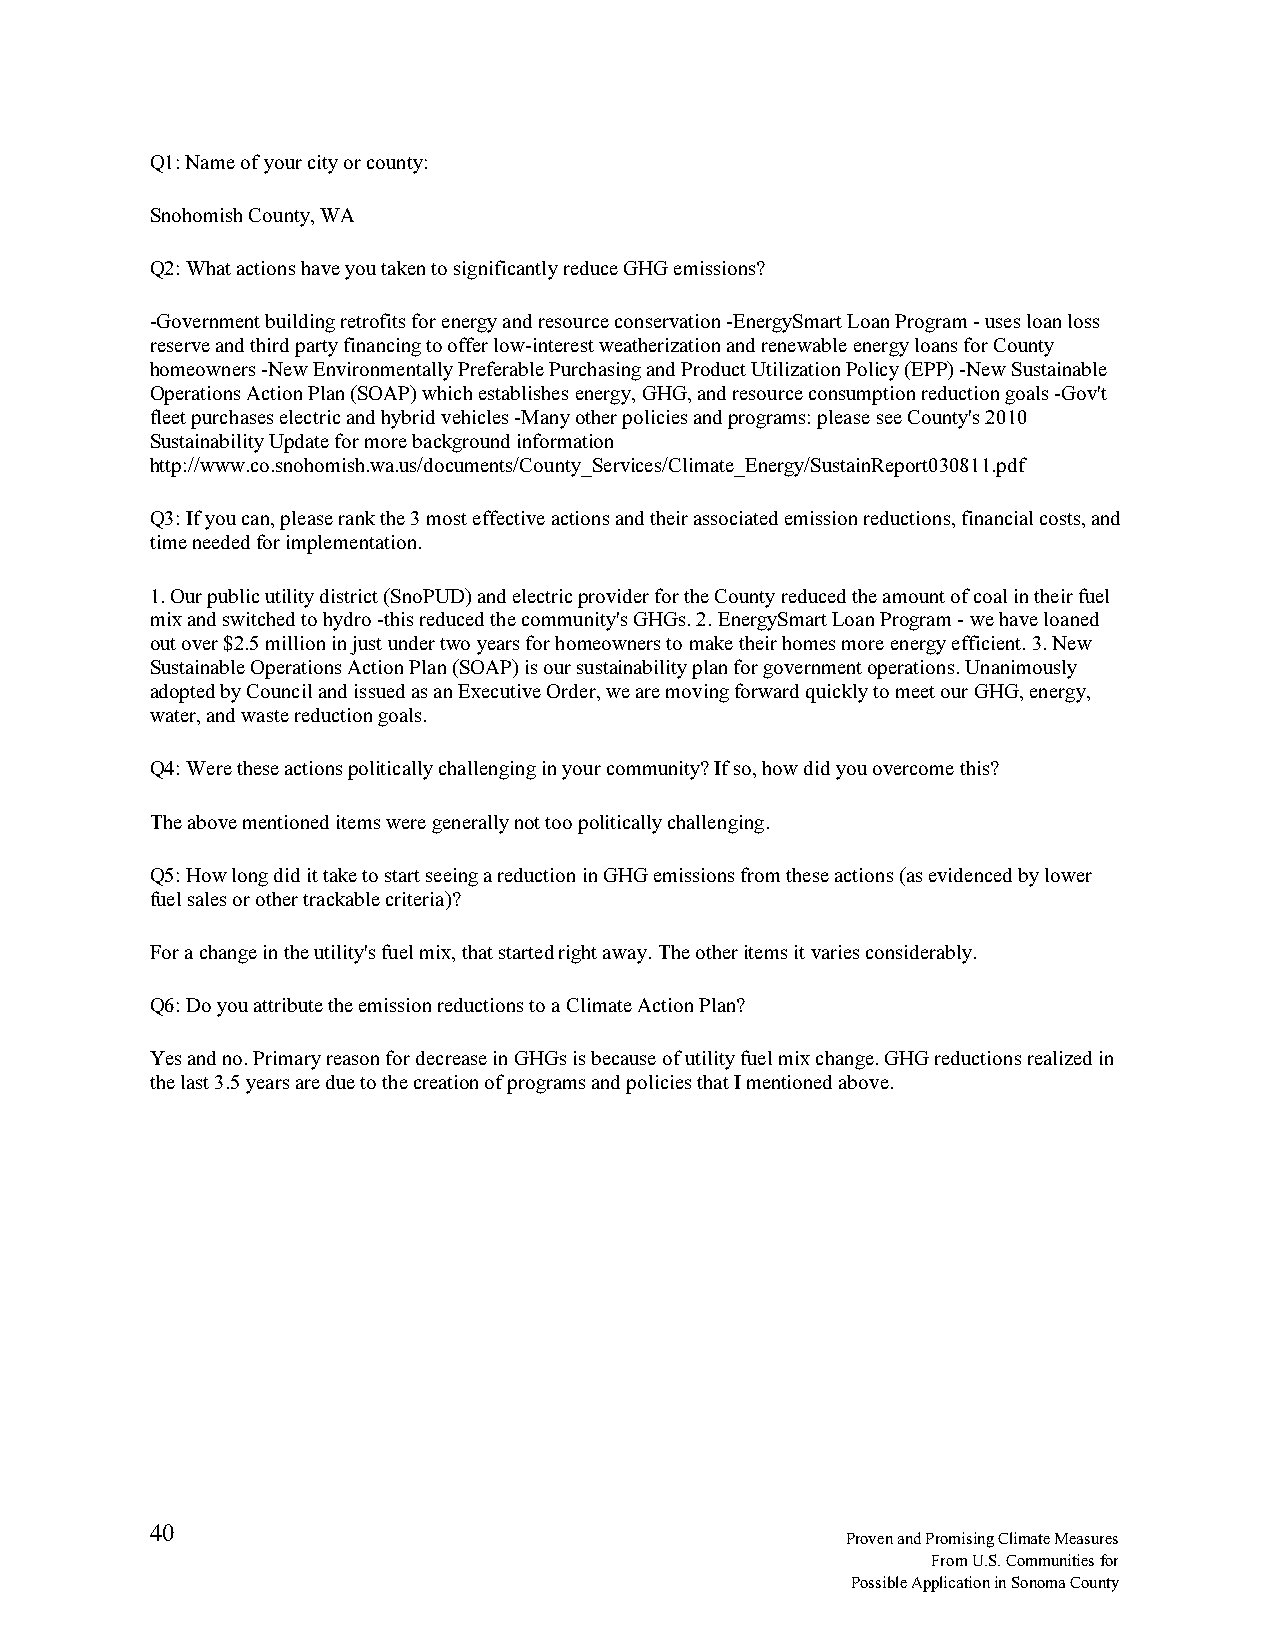
Q1: Name of your city or county:
 Snohomish County, WA
 Q2: What actions have you taken to significantly reduce GHG emissions?
 -Government building retrofits for energy and resource conservation -EnergySmart Loan Program - uses loan loss
 reserve and third party financing to offer low-interest weatherization and renewable energy loans for County
 homeowners -New Environmentally Preferable Purchasing and Product Utilization Policy (EPP) -New Sustainable
 Operations Action Plan (SOAP) which establishes energy, GHG, and resource consumption reduction goals -Gov't
 fleet purchases electric and hybrid vehicles -Many other policies and programs: please see County's 2010
 Sustainability Update for more background information
 http://www.co.snohomish.wa.us/documents/County_Services/Climate_Energy/SustainReport030811.pdf
 Q3: If you can, please rank the 3 most effective actions and their associated emission reductions, financial costs, and
 time needed for implementation.
 1. Our public utility district (SnoPUD) and electric provider for the County reduced the amount of coal in their fuel
 mix and switched to hydro -this reduced the community's GHGs. 2. EnergySmart Loan Program - we have loaned
 out over $2.5 million in just under two years for homeowners to make their homes more energy efficient. 3. New
 Sustainable Operations Action Plan (SOAP) is our sustainability plan for government operations. Unanimously
 adopted by Council and issued as an Executive Order, we are moving forward quickly to meet our GHG, energy,
 water, and waste reduction goals.
 Q4: Were these actions politically challenging in your community? If so, how did you overcome this?
 The above mentioned items were generally not too politically challenging.
 Q5: How long did it take to start seeing a reduction in GHG emissions from these actions (as evidenced by lower
 fuel sales or other trackable criteria)?
 For a change in the utility's fuel mix, that started right away. The other items it varies considerably.
 Q6: Do you attribute the emission reductions to a Climate Action Plan?
 Yes and no. Primary reason for decrease in GHGs is because of utility fuel mix change. GHG reductions realized in
 the last 3.5 years are due to the creation of programs and policies that I mentioned above.
 40
 Proven and Promising Climate Measures
 From U.S. Communities for
 Possible Application in Sonoma County